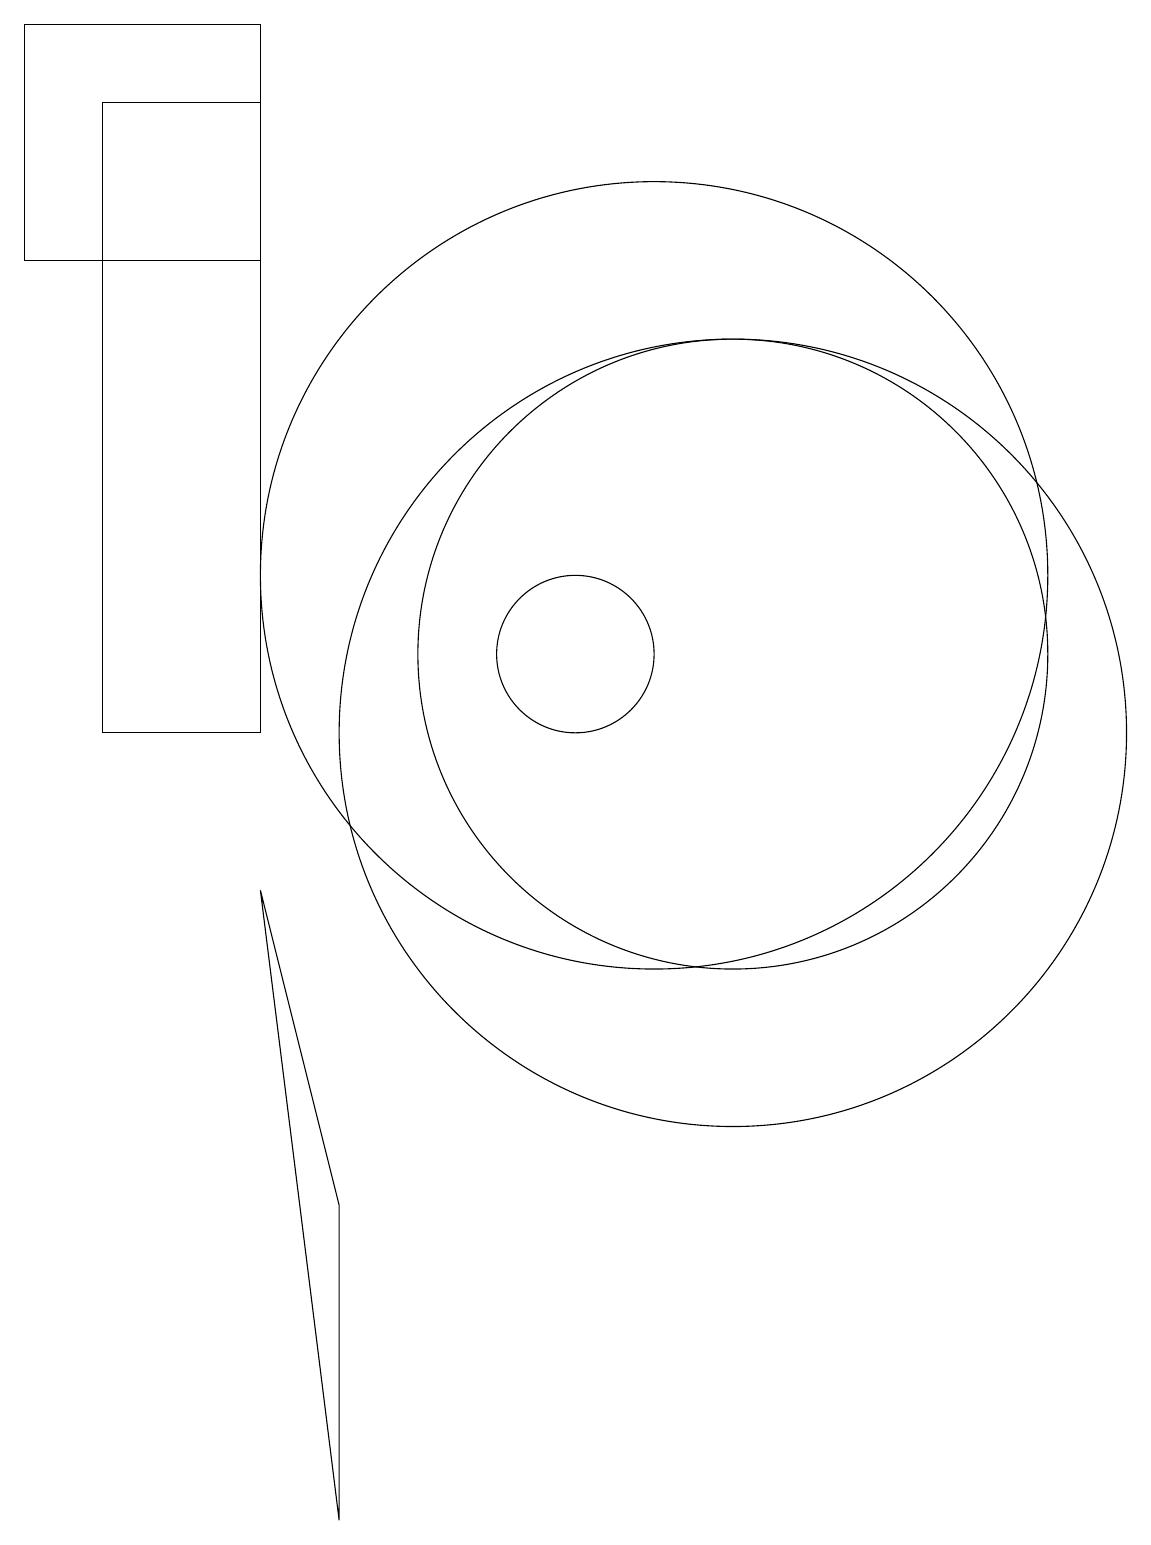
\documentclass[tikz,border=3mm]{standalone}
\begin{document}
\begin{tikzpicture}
\draw (12,11) circle (4);
\draw (11,12) circle (5);
\draw (6,8) -- (7,4) -- (7,0) -- cycle;
\draw (10,11) circle (1);
\draw (12,10) circle (5);
\draw (3,19) rectangle (6,16);
\draw (4,18) rectangle (6,10);
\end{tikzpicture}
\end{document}